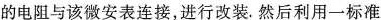
的电阻与该微安表连接，进行改装。然后利用一标准